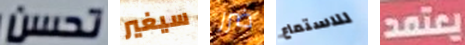
تحسن سيغير ضرر للاستماع يعتمد